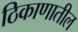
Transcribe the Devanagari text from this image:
ठिकाणातील